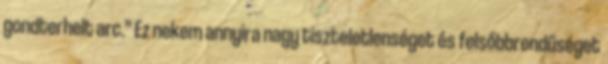
gondterhelt arc.” Ez nekem annyira nagy tiszteletlenséget és felsőbbrendűséget